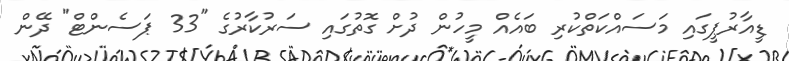
ޑީއާރުޕީގައި މަސައްކަތްކުރި ބައެއް މީހުން ދުށް ގޮތުގައި ސަރުކާރުގެ "33 ޕަސެންޓް" ދޭން